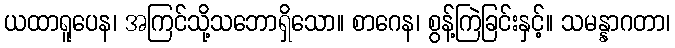
ယထာရူပေန၊ အကြင်သို့သဘောရှိသော။ စာဂေန၊ စွန့်ကြဲခြင်းနှင့်။ သမန္နာဂတာ၊